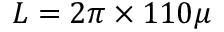
L = 2 \pi \times 1 1 0 \mu